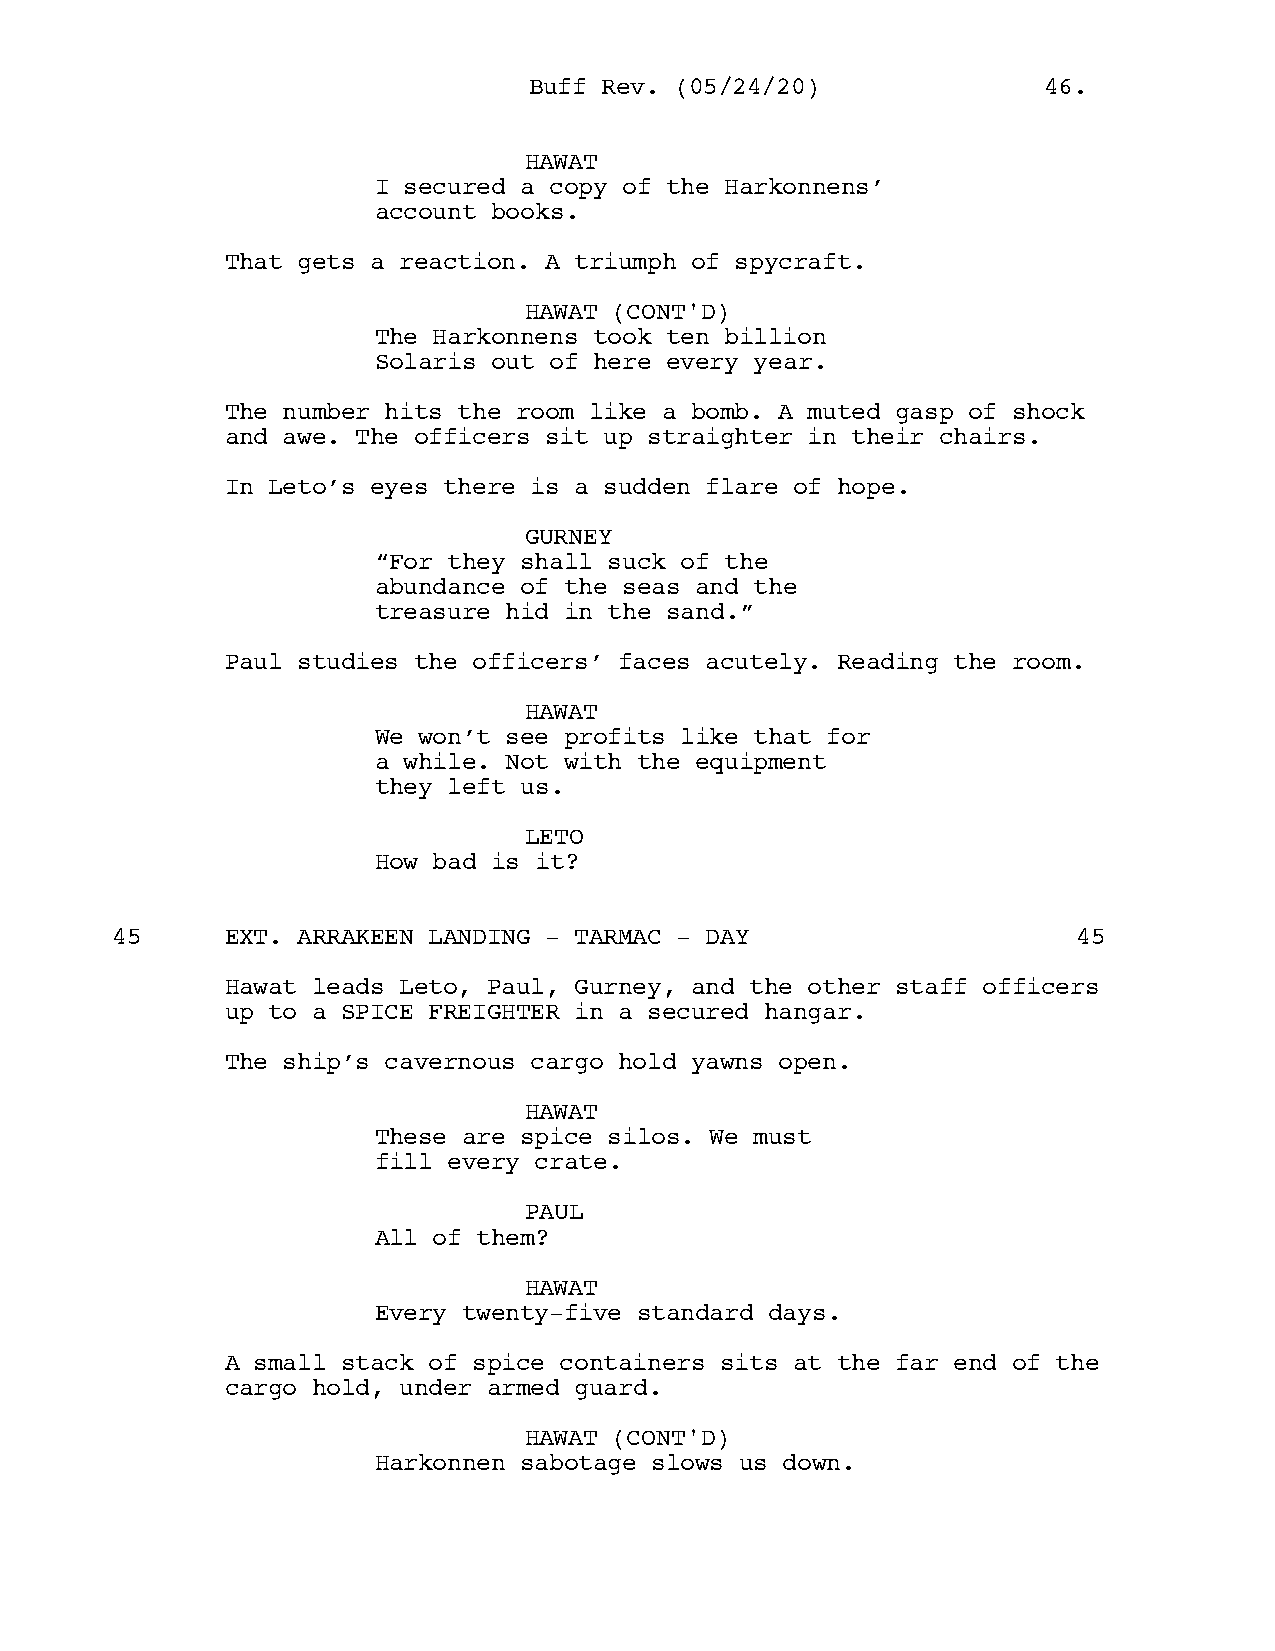
BBuuffff RReevv.. ((0055//2244//2200)) 4466..
 HAWAT
 I secured a copy of the Harkonnens’
 account books.
 That gets a reaction. A triumph of spycraft.
 HAWAT (CONT'D)
 The Harkonnens took ten billion
 Solaris out of here every year.
 The number hits the room like a bomb. A muted gasp of shock
 and awe. The officers sit up straighter in their chairs.
 In Leto’s eyes there is a sudden flare of hope.
 GURNEY
 “For they shall suck of the
 abundance of the seas and the
 treasure hid in the sand.”
 Paul studies the officers’ faces acutely. Reading the room.
 HAWAT
 We won’t see profits like that for
 a while. Not with the equipment
 they left us.
 LETO
 How bad is it?
 45      EXT. ARRAKEEN LANDING - TARMAC - DAY                    45
 Hawat leads Leto, Paul, Gurney, and the other staff officers
 up to a SPICE FREIGHTER in a secured hangar.
 The ship’s cavernous cargo hold yawns open.
 HAWAT
 These are spice silos. We must
 fill every crate.
 PAUL
 All of them?
 HAWAT
 Every twenty-five standard days.
 A small stack of spice containers sits at the far end of the
 cargo hold, under armed guard.
 HAWAT (CONT'D)
 Harkonnen sabotage slows us down.